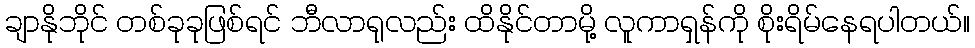
ချာနိုဘိုင် တစ်ခုခုဖြစ်ရင် ဘီလာရုလည်း ထိနိုင်တာမို့ လူကာရှန်ကို စိုးရိမ်နေရပါတယ်။